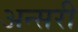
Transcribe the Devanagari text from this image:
अन्सरी